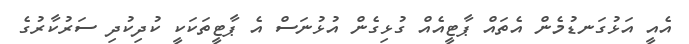
އެއީ އަޅުގަނޑުމެން އެތައް ޕާޓީއެއް ގުޅިގެން އުޅުނަސް އެ ޕާޓީތަކަކީ ކުދިކުދި ސަރުކާރުގެ